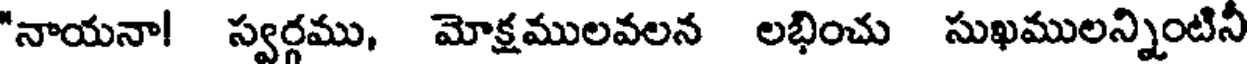
"నాయనా! స్వర్గము, మోక్షములవలన లభించు సుఖములన్నింటిని